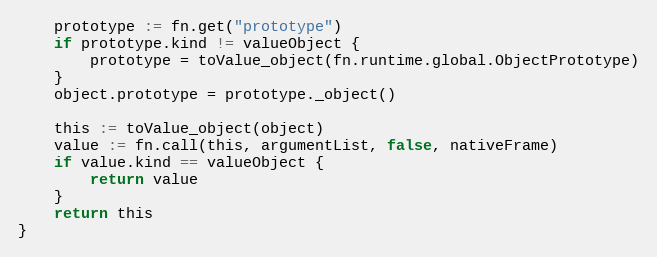
Language: Go
	prototype := fn.get("prototype")
	if prototype.kind != valueObject {
		prototype = toValue_object(fn.runtime.global.ObjectPrototype)
	}
	object.prototype = prototype._object()

	this := toValue_object(object)
	value := fn.call(this, argumentList, false, nativeFrame)
	if value.kind == valueObject {
		return value
	}
	return this
}